EAOK_Sinod, lk 55
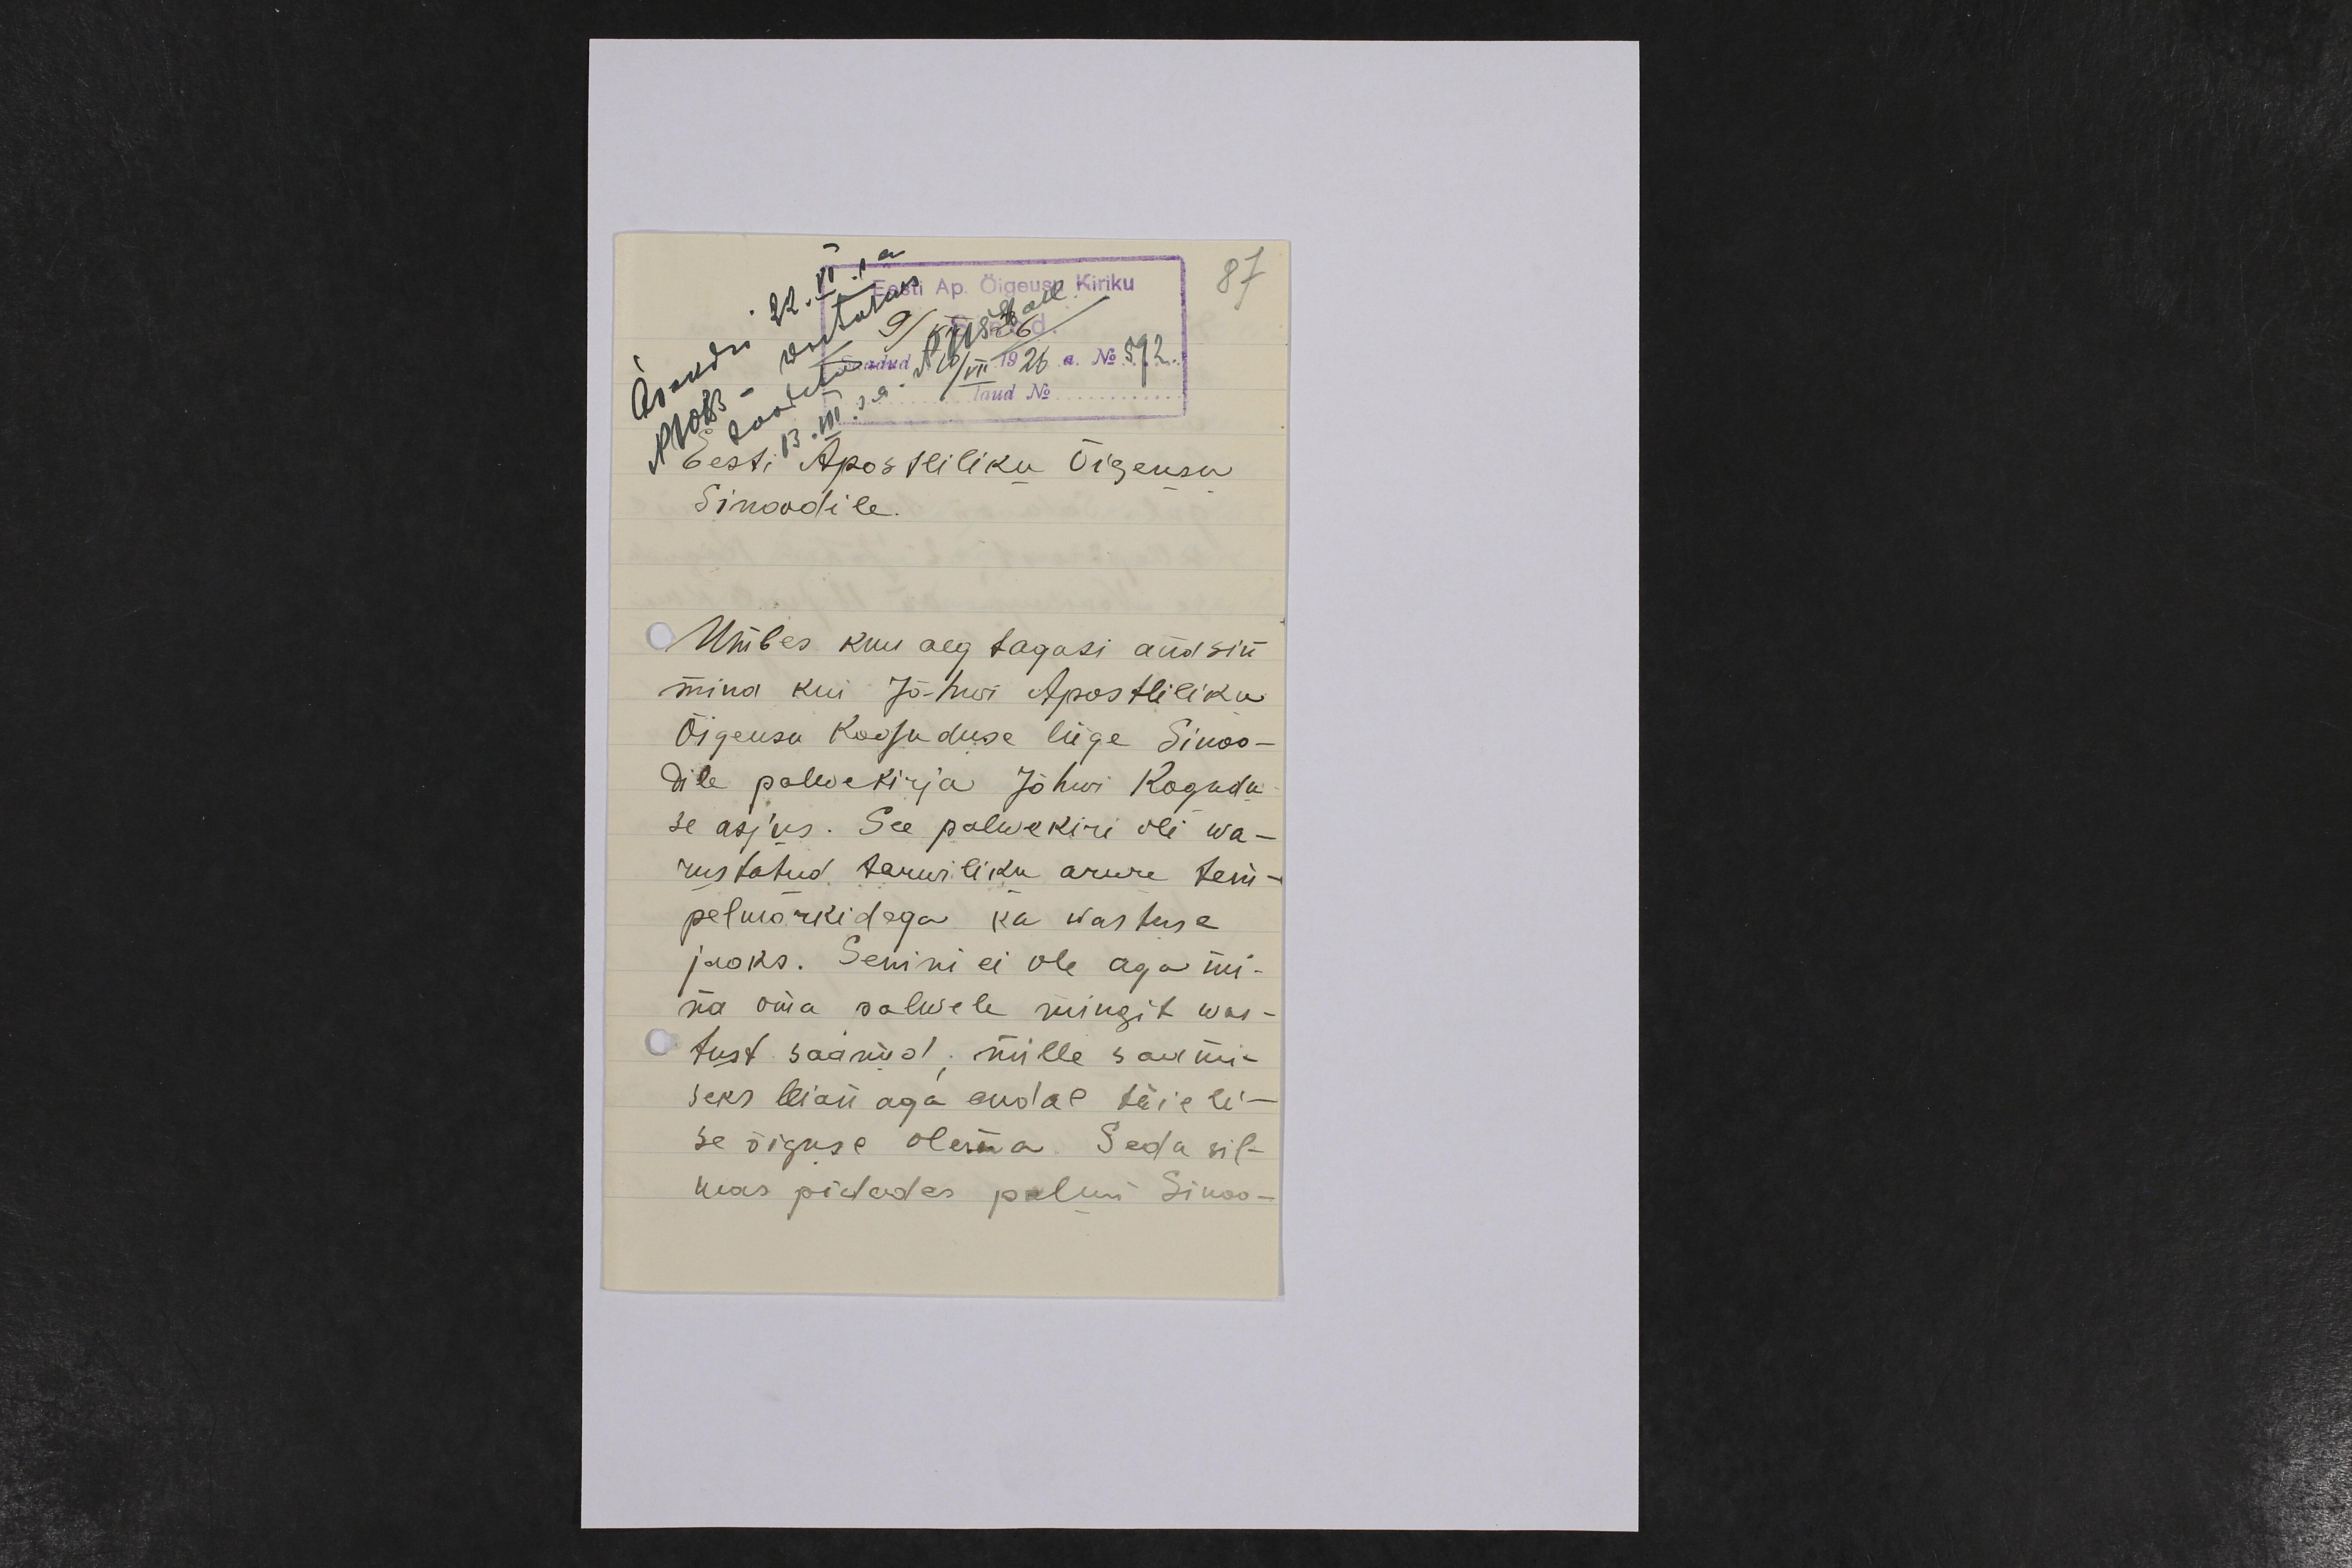
87
Eesti Apostiliku Õigeusu
Sinoodile.
Umbes kuu aeg tagasi andsin
mina kui Jõhwi Apostliliku
Õigeusu Koguduse liige Sinoo-
dile palwekirja Jõhwi Kogudu-
se asjus. See palwekiri oli wa-
rustatud tarwiliku arwu tem-
pelmarkidega ka wastuse
jaoks. Senini ei ole aga mi-
na oma palwele mingit was-
tust saanud, mille saami-
seks leian aga endal täieli-
se õiguse olema. Seda sil-
mas pidades palun Sinoo-